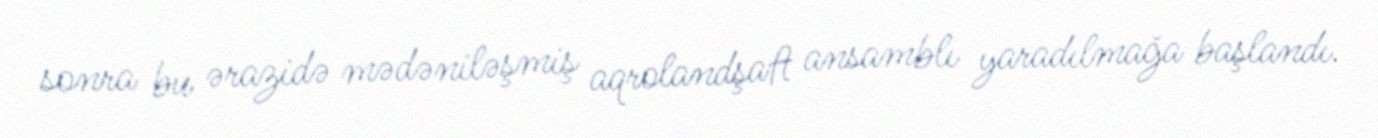
sonra bu ərazidə mədəniləşmiş aqrolandşaft ansamblı yaradılmağa başlandı.